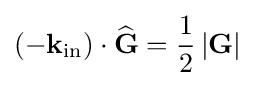
(-{{\mathbf {k} }_{\text{in}}})\cdot {\widehat {\mathbf {G} }}={\frac {1}{2}}\left|\mathbf {G} \right|